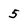
Character: 5